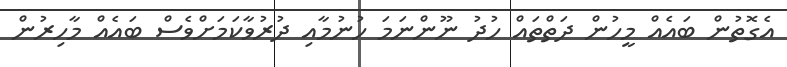
އެގޮތުން ބައެއް މީހުން ދަތްތައް ހުދު ނޫންނަމަ ހުނުމާއި ދުރުވާކަމަށްވެސް ބައެއް މާހިރުން